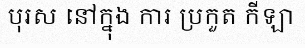
បុរស នៅក្នុង ការ ប្រកួត កីឡា